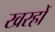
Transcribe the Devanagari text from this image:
खरहों